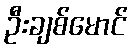
ဦးချစ်မောင်